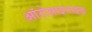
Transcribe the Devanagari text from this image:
ऑरोसाइनाइड